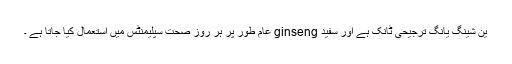
ین شینگ یانگ ترجیحی ٹانک ہے اور سفید ginseng عام طور پر ہر روز صحت سپلیمنٹس میں استعمال کیا جاتا ہے ۔